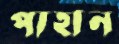
পাহান